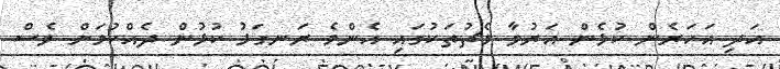
އަދި އަހަރެން ކުޅެން އަރުވާ މެޗުތަކުގައި އެންމެ ރަނގަޅު ކުޅުން ދެއްކުމަށް ވެސް